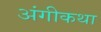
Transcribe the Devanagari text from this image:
अंगीकथा